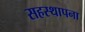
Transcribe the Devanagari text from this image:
सहस्थापना